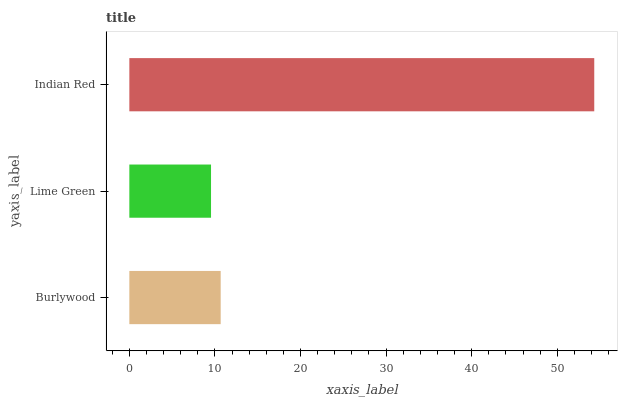
| yaxis_label | bars |
 | --- | --- |
 | Burlywood | 10.7 |
 | Lime Green | 9.54 |
 | Indian Red | 54.3 |